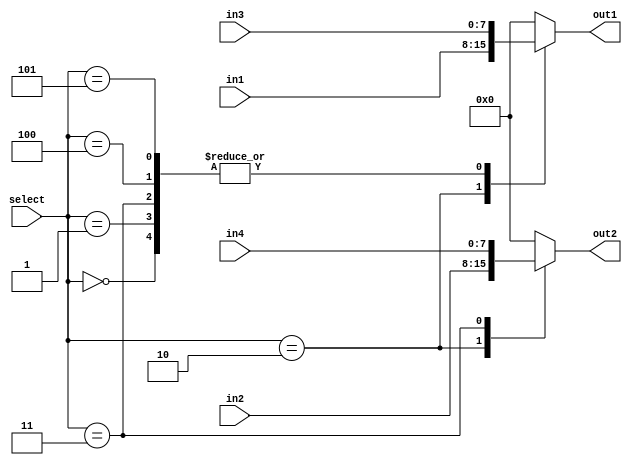
module mode_input_selector (
    select,in1,in2,in3,in4,out1,out2
);
parameter n = 8;

input [n-1:0] in1,in2,in3,in4;
input [2:0] select;
output reg [n-1:0] out1,out2;

always @ (in1 or in2 or in3 or in4 or select)
case (select)
3'b000 : 
begin
out1 = in3;
out2 = 8'b00000000;
end
3'b001 : 
begin
out1 = in3;
out2 = 8'b00000000;
end
3'b010 : 
begin
out1 = in1;
out2 = in2;
end
3'b011 : 
begin
out1 = in3;
out2 = in4;
end
3'b100 : 
begin
out1 = in3;
out2 = 8'b00000000;
end
3'b101 : 
begin
out1 = in3;
out2 = 8'b00000000;
end
default:
begin
out1 = 8'b00000000;
out2 = 8'b00000000;
end
endcase

endmodule


module mode_input_selector_tb;
parameter n = 8;
reg [n-1:0] in1,in2,in3,in4;
reg [2:0] select;
wire [n-1:0] out1,out2;

mode_input_selector mode_input_selector_tb(
    select,in1,in2,in3,in4,out1,out2
);

initial
begin
select=0;
in1=00;
in2=01;
in3=10;
in4=11;
end

always #5
begin
select=select+1;
end

initial #100 $finish;


endmodule